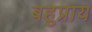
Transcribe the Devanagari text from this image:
बहुप्राय